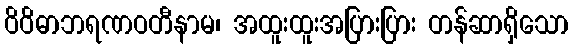
ဝိဝိဓာဘရဏဝတီနာမ၊ အထူးထူးအပြားပြား တန်ဆာရှိသော